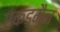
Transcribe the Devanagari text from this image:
एकड़मैन